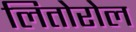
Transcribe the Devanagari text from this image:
लितोरोल